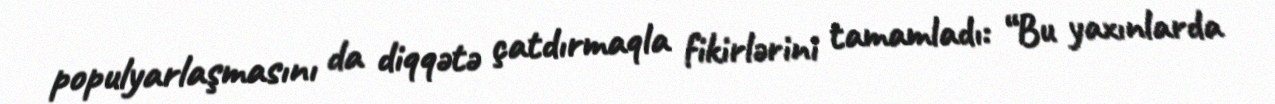
populyarlaşmasını da diqqətə çatdırmaqla fikirlərini tamamladı: “Bu yaxınlarda